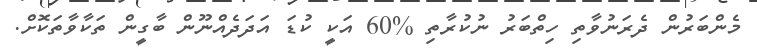
މެންބަރުން ދެރަނުވާތި ހިތްބަރު ނުކުރާތި %60 އަކީ ކުޑަ އަދަދެއްނޫން ބާގީން ތަކާވާތަކޮށް.